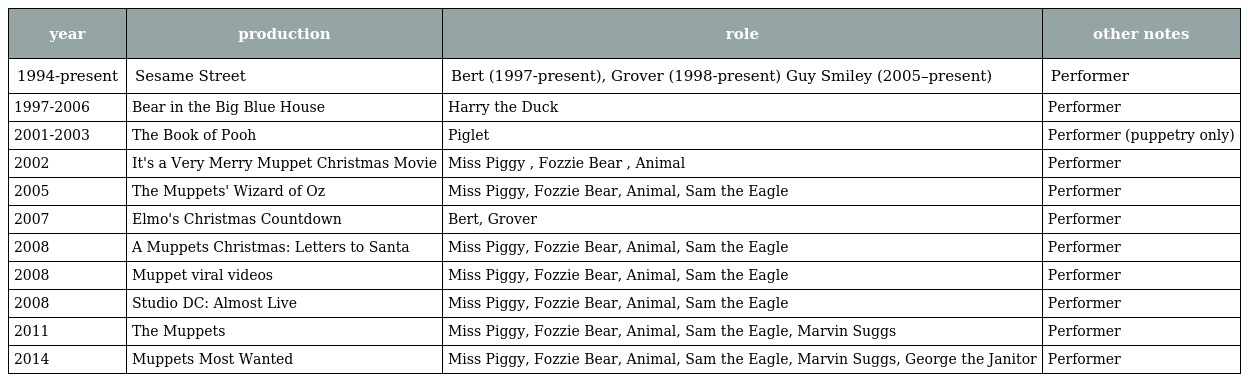
| year | production | role | other notes |
 | --- | --- | --- | --- |
 | 1994-present | Sesame Street | Bert (1997-present), Grover (1998-present) Guy Smiley (2005–present) | Performer |
 | 1997-2006 | Bear in the Big Blue House | Harry the Duck | Performer |
 | 2001-2003 | The Book of Pooh | Piglet | Performer (puppetry only) |
 | 2002 | It's a Very Merry Muppet Christmas Movie | Miss Piggy , Fozzie Bear , Animal | Performer |
 | 2005 | The Muppets' Wizard of Oz | Miss Piggy, Fozzie Bear, Animal, Sam the Eagle | Performer |
 | 2007 | Elmo's Christmas Countdown | Bert, Grover | Performer |
 | 2008 | A Muppets Christmas: Letters to Santa | Miss Piggy, Fozzie Bear, Animal, Sam the Eagle | Performer |
 | 2008 | Muppet viral videos | Miss Piggy, Fozzie Bear, Animal, Sam the Eagle | Performer |
 | 2008 | Studio DC: Almost Live | Miss Piggy, Fozzie Bear, Animal, Sam the Eagle | Performer |
 | 2011 | The Muppets | Miss Piggy, Fozzie Bear, Animal, Sam the Eagle, Marvin Suggs | Performer |
 | 2014 | Muppets Most Wanted | Miss Piggy, Fozzie Bear, Animal, Sam the Eagle, Marvin Suggs, George the Janitor | Performer |